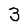
Character: 3